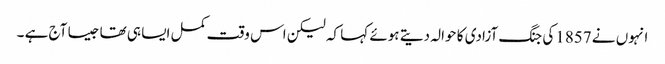
انہوں نے 1857کی جنگ آزادی کا حوالہ دیتے ہوئے کہا کہ لیکن اس وقت کمل ایسا ہی تھا جیسا آج ہے ۔